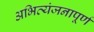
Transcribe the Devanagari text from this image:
अभिव्यंजनापूर्ण